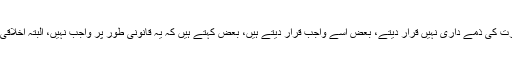
بعض فقہا اسے عورت کی ذمے داری نہیں قرار دیتے، بعض اسے واجب قرار دیتے ہیں، بعض کہتے ہیں کہ یہ قانونی طور پر واجب نہیں، البتہ اخلاقی طور پر واجب ہے۔